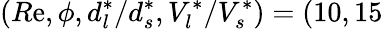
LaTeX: \left(R\mathrm{e},\phi,d_{l}^{*}/d_{s}^{*},V_{l}^{*}/V_{s}^{*}\right)=(10,15